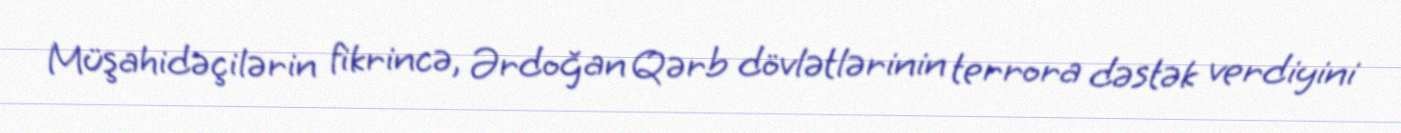
Müşahidəçilərin fikrincə, Ərdoğan Qərb dövlətlərinin terrora dəstək verdiyini